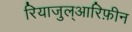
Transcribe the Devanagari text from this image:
रियाजुल्आरिफ़ीन